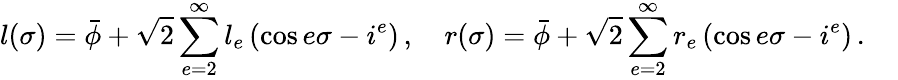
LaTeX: l(\sigma)=\bar{\phi}+\sqrt{2}\sum_{e=2}^{\infty}l_{e}\left(\cos e\sigma-i^{e}\right)\, ,\quad r(\sigma)=\bar{\phi}+\sqrt{2}\sum_{e=2}^{\infty}r_{e}\left(\cos e\sigma-i^{e}\right)\, .~~~~